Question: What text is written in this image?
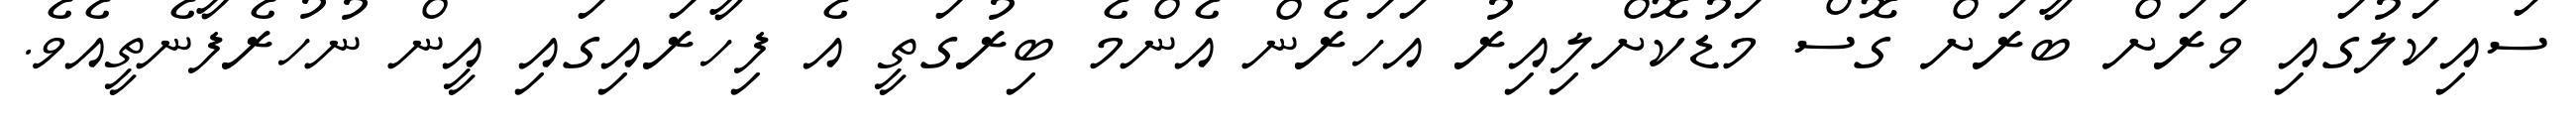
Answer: ސައިކަލުގައި ވަރަށް ބާރަށް ގޮސް މަޑުކޮށްލިއިރު އަހަރެން އެންމެ ބިރުގަތީ އެ ފިހާރައިގައި އީން ނުހުރެފާނެތީއެވެ.